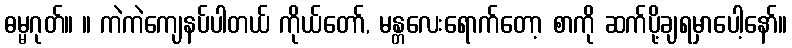
ဓမ္မဂုတ်။ ။ ကဲကဲကျေနပ်ပါတယ် ကိုယ်တော်, မန္တလေးရောက်တော့ စာကို ဆက်ပို့ချရမှာပေါ့နော်။